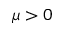
\mu > 0